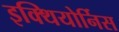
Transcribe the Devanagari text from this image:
इक्थियोर्निस